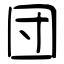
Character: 団